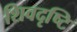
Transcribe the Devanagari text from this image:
शिवदृष्टि